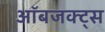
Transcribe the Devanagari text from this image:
ऑबजक्ट्स